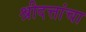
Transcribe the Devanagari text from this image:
श्रीदत्तांचा